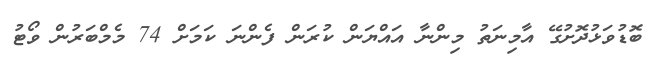
ބޮޑުވަޅުދޮށުގޭ އާމިނަތު މިންނާ އައްޔަން ކުރަން ފެންނަ ކަަމަށް 74 މެމްބަރުން ވޯޓު